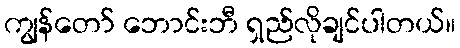
ကျွန်တော် ဘောင်းဘီ ရှည်လိုချင်ပါတယ်။